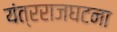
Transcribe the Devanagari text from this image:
यंत्रराजघटना